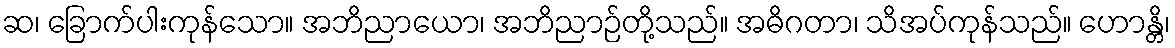
ဆ၊ ခြောက်ပါးကုန်သော။ အဘိညာယော၊ အဘိညာဉ်တို့သည်။ အဓိဂတာ၊ သိအပ်ကုန်သည်။ ဟောန္တိ၊